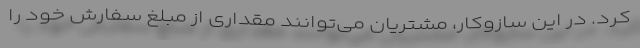
کرد. در این سازوکار، مشتریان می‌توانند مقداری از مبلغ سفارش‌ خود را